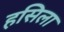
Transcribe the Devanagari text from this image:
हसिला